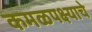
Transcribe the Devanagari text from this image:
कमळपक्ष्याचे